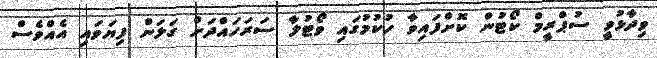
ވިދާޅުވީ ސުޕްރީމް ކޯޓުން ކޮށްފައިވާ ހުކުމުގައި ވޯޓުލާ ސަރަހައްދަށް ގަލަން ފިޔަވައި އެއްވެސް